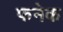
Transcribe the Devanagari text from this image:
फनेक